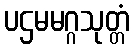
ပဌမမဂ္ဂသုတ္တံ